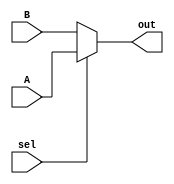
`timescale 1ns / 1ps
//////////////////////////////////////////////////////////////////////////////////
// Group:21
// Members:  Pritkumar Godhani [19CS10048],  Debanjan Saha [19CS30014]
//  
// Module Name: 2 to 1 Multiplexor module
// Project Name: Assignment-6 Question 1
//
//////////////////////////////////////////////////////////////////////////////////
module MUX2to1(out, A, B, sel);
	input A, B, sel;
	output reg out;
	
	always @ (*) begin
		out = sel ? A : B;
	end
endmodule